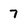
Character: 7